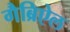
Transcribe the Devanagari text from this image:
गैब्रिऐल